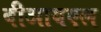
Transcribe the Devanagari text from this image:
बीआयएल